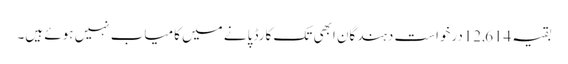
بقیہ 12,614درخواست دہندگان ابھی تک کارڈ پانے میں کامیاب نہیں ہوئے ہیں۔